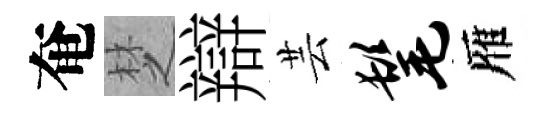
奄椘辯芸髦雁